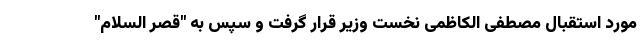
مورد استقبال مصطفی الکاظمی نخست وزیر قرار گرفت و سپس به "قصر السلام"